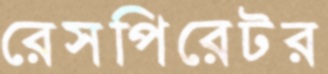
রেসপিরেটর